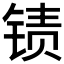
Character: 𲈄